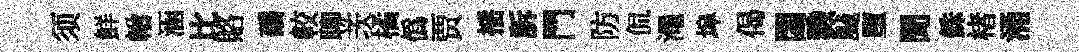
须鮮輶涵比賂磻較聊茨橘僞贾揺訴門防侃澠埠偈閟戮飇墮聞銖楮涌